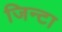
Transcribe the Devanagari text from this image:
जिन्टा